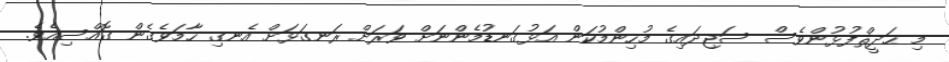
މި ޙަދީޘްފުޅުންވެސް ސަޖިދައިގެ މުހިންމުކަން އަޅުގަނޑުމެންނަށް ވަރަށް ރަނގަޅަށް އެނގި ހާމަވެގެން ގޮއްސިއެވެ.